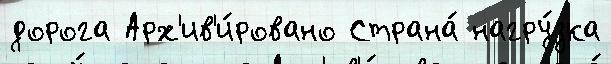
дорога Арх'ив'и́ровано Страна́ нагру́зка